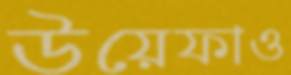
উয়েফাও